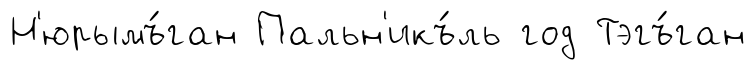
Н'юрымъ́ган Пальн'икъ́ль год Тэгъ́ган